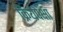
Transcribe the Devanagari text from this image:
क्रियेपेक्षा